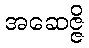
အဆေဇ္ဇိ